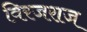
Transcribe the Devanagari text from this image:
विरजराज